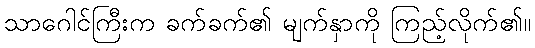
သာဂေါင်ကြီးက ခက်ခက်၏ မျက်နှာကို ကြည့်လိုက်၏။